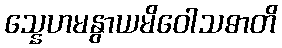
သ္နေဟမနွာယမိဝေါသဓာတိ